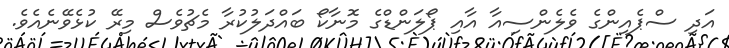
އަދި ސްޕެއިންގެ ވެލެންސިއާ އާއި ޕޯލަންޑްގެ މޮނާކޯ ބައްދަލުކުރާ މެޗުވެސް މިރޭ ކުޅެވޭނެއެވެ.